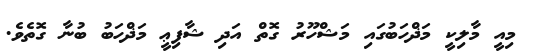
މިއީ މާލިކީ މަޛްހަބުގައި މަޝްހޫރު ގޮތް އަދި ޝާފިޢީ މަޛްހަބު ބުނާ ގޮތެވެ.